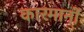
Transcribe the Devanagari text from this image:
कारमानों